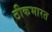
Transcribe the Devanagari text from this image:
ठीकभारत